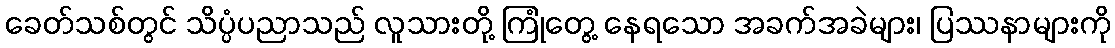
ခေတ်သစ်တွင် သိပ္ပံပညာသည် လူသားတို့ ကြုံတွေ့ နေရသော အခက်အခဲများ၊ ပြဿနာများကို